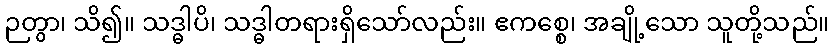
ဉတွာ၊ သိ၍။ သဒ္ဓါပိ၊ သဒ္ဓါတရားရှိသော်လည်း။ ဧကစ္စေ၊ အချို့သော သူတို့သည်။